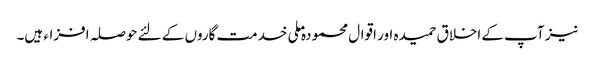
نیز آپ کے اخلاق حمیدہ اور اقوال محمودہ ملی خدمت گاروں کے لئے حوصلہ افزاء ہیں۔